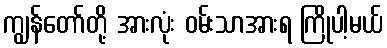
ကျွန်တော်တို့ အားလုံး ဝမ်းသာအားရ ကြိုပါ့မယ်